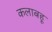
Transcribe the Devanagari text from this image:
कलाबहू